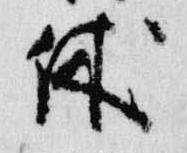
休